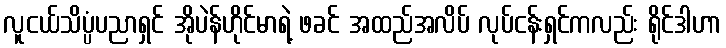
လူငယ်သိပ္ပံပညာရှင် အိုပဲန်ဟိုင်မာရဲ့ ဖခင် အထည်အလိပ် လုပ်ငန်းရှင်ကလည်း ရိုင်ဒါဟာ